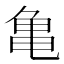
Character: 亀